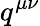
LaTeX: q^{\mu\nu}